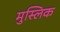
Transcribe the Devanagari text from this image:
मुस्लिक